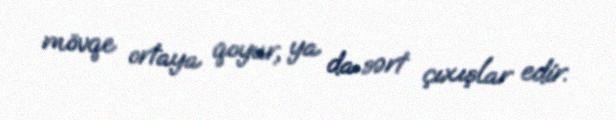
mövqe ortaya qoyur, ya da sərt çıxışlar edir.